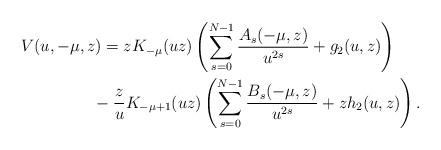
LaTeX: \begin{gather*} V(u,-\mu,z) = zK_{-\mu}(uz)\left(\sum_{s=0}^{N-1} \frac{A_s(-\mu,z)}{u^{2s}}+g_2(u,z)\right) \\\hphantom{V(u,-\mu,z) =}{} -\frac{z}{u}K_{-\mu+1}(uz)\left(\sum_{s=0}^{N-1} \frac{B_s(-\mu,z)}{u^{2s}}+zh_2(u,z)\right).\end{gather*}